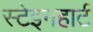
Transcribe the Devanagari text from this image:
स्टेइनहार्ट